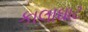
કાલાઘાટ